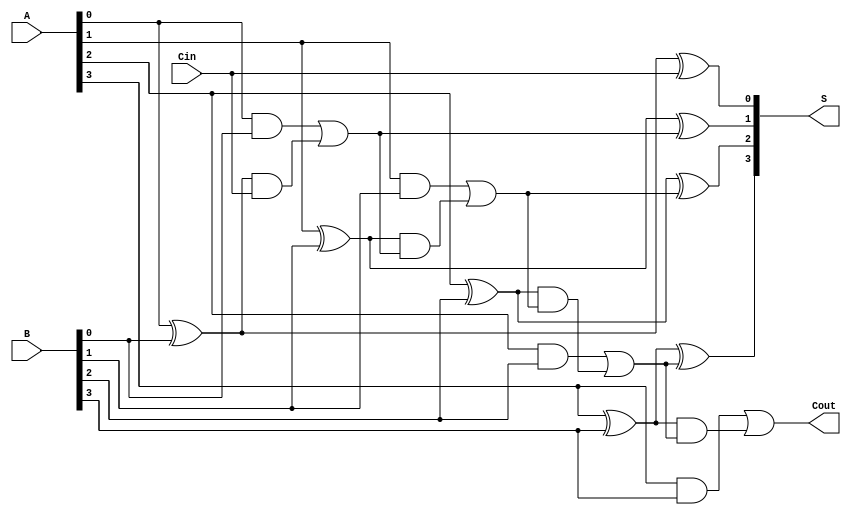
module CILA #(
    parameter N = 4 // Parameter for number of bits
)(
    input [N-1:0] A,   // Input A
    input [N-1:0] B,   // Input B
    input Cin,         // Carry-in
    output [N-1:0] S,  // Sum output
    output Cout        // Carry-out
);

    // Generate and propagate signals
    wire [N-1:0] G; // Generate signals
    wire [N-1:0] P; // Propagate signals
    wire [N:0] C;   // Carry signals

    // Generate and propagate logic
    genvar i;
    generate
        for (i = 0; i < N; i = i + 1) begin: gen_prop
            assign G[i] = A[i] & B[i];    // Generate signal
            assign P[i] = A[i] ^ B[i];    // Propagate signal
        end
    endgenerate

    // Carry generation using lookahead logic
    assign C[0] = Cin; // Initial carry-in
    generate
        for (i = 1; i <= N; i = i + 1) begin: carry_gen
            assign C[i] = G[i-1] | (P[i-1] & C[i-1]);
        end
    endgenerate

    // Sum calculation using carry signals
    generate
        for (i = 0; i < N; i = i + 1) begin: sum_calc
            assign S[i] = P[i] ^ C[i]; // Sum output
        end
    endgenerate

    assign Cout = C[N]; // Final carry-out

endmodule